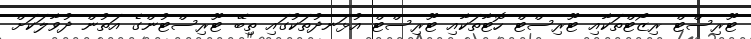
ޓޫރިސްޓް ރިޒޯޓްތަކާއި ޓޫރިސްޓް ހޮޓާތަކާއި ޓޫރިސްޓް އުޅަނދުތަކުގައި ތިބޭ ޓޫރިސްޓުންގެ އަތުން ދުވާލަކަށް